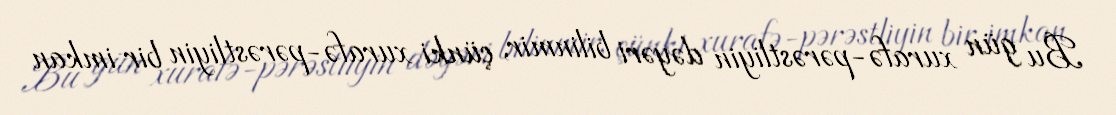
Bu gün xurafə-pərəstliyin dəyəri bilinmir, çünki xurafə-pərəstliyin bir imkan